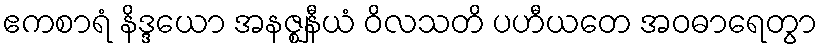
ဧကစာရံ နိဒ္ဒယော အနဇ္ဈနီယံ ဝိလသတိ ပဟီယတေ အဝဓာရေတွာ